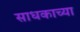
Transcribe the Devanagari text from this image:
साधकाच्या